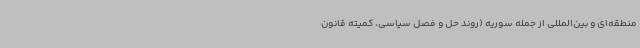
منطقه‌ای و بین‌المللی از جمله سوریه (روند حل و فصل سیاسی، کمیته قانون